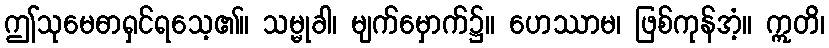
ဤသုမေဓာရှင်ရသေ့၏။ သမ္မုခါ၊ မျက်မှောက်၌။ ဟေဿာမ၊ ဖြစ်ကုန်အံ့။ ဣတိ၊